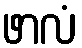
ဖာလံ